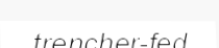
trencher-fed